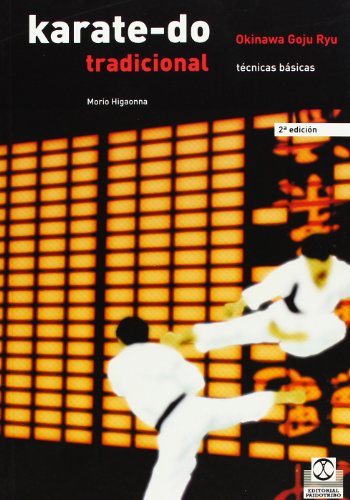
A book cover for KARATE-DO TRADICIONAL. TÃ©cnicas BÃ¡sicas (Spanish Edition); Morio. Higaonna; Sports & Outdoors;